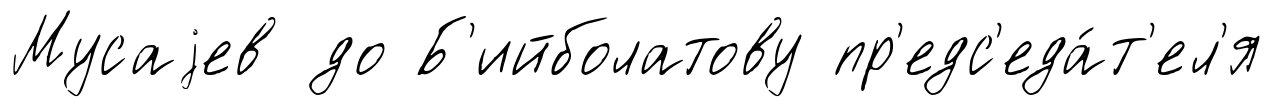
Мусаjев до Б'ийболатову пр'едс'еда́т'ел'я